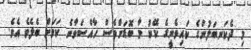
މި ދެކަނބަލުންގެ ކައިވެނީގެ ކޭކު މާ ބޮޑަށްވެސް ހާއްސަވާނެ ކަމަށް ބެލެވެ އެވެ.